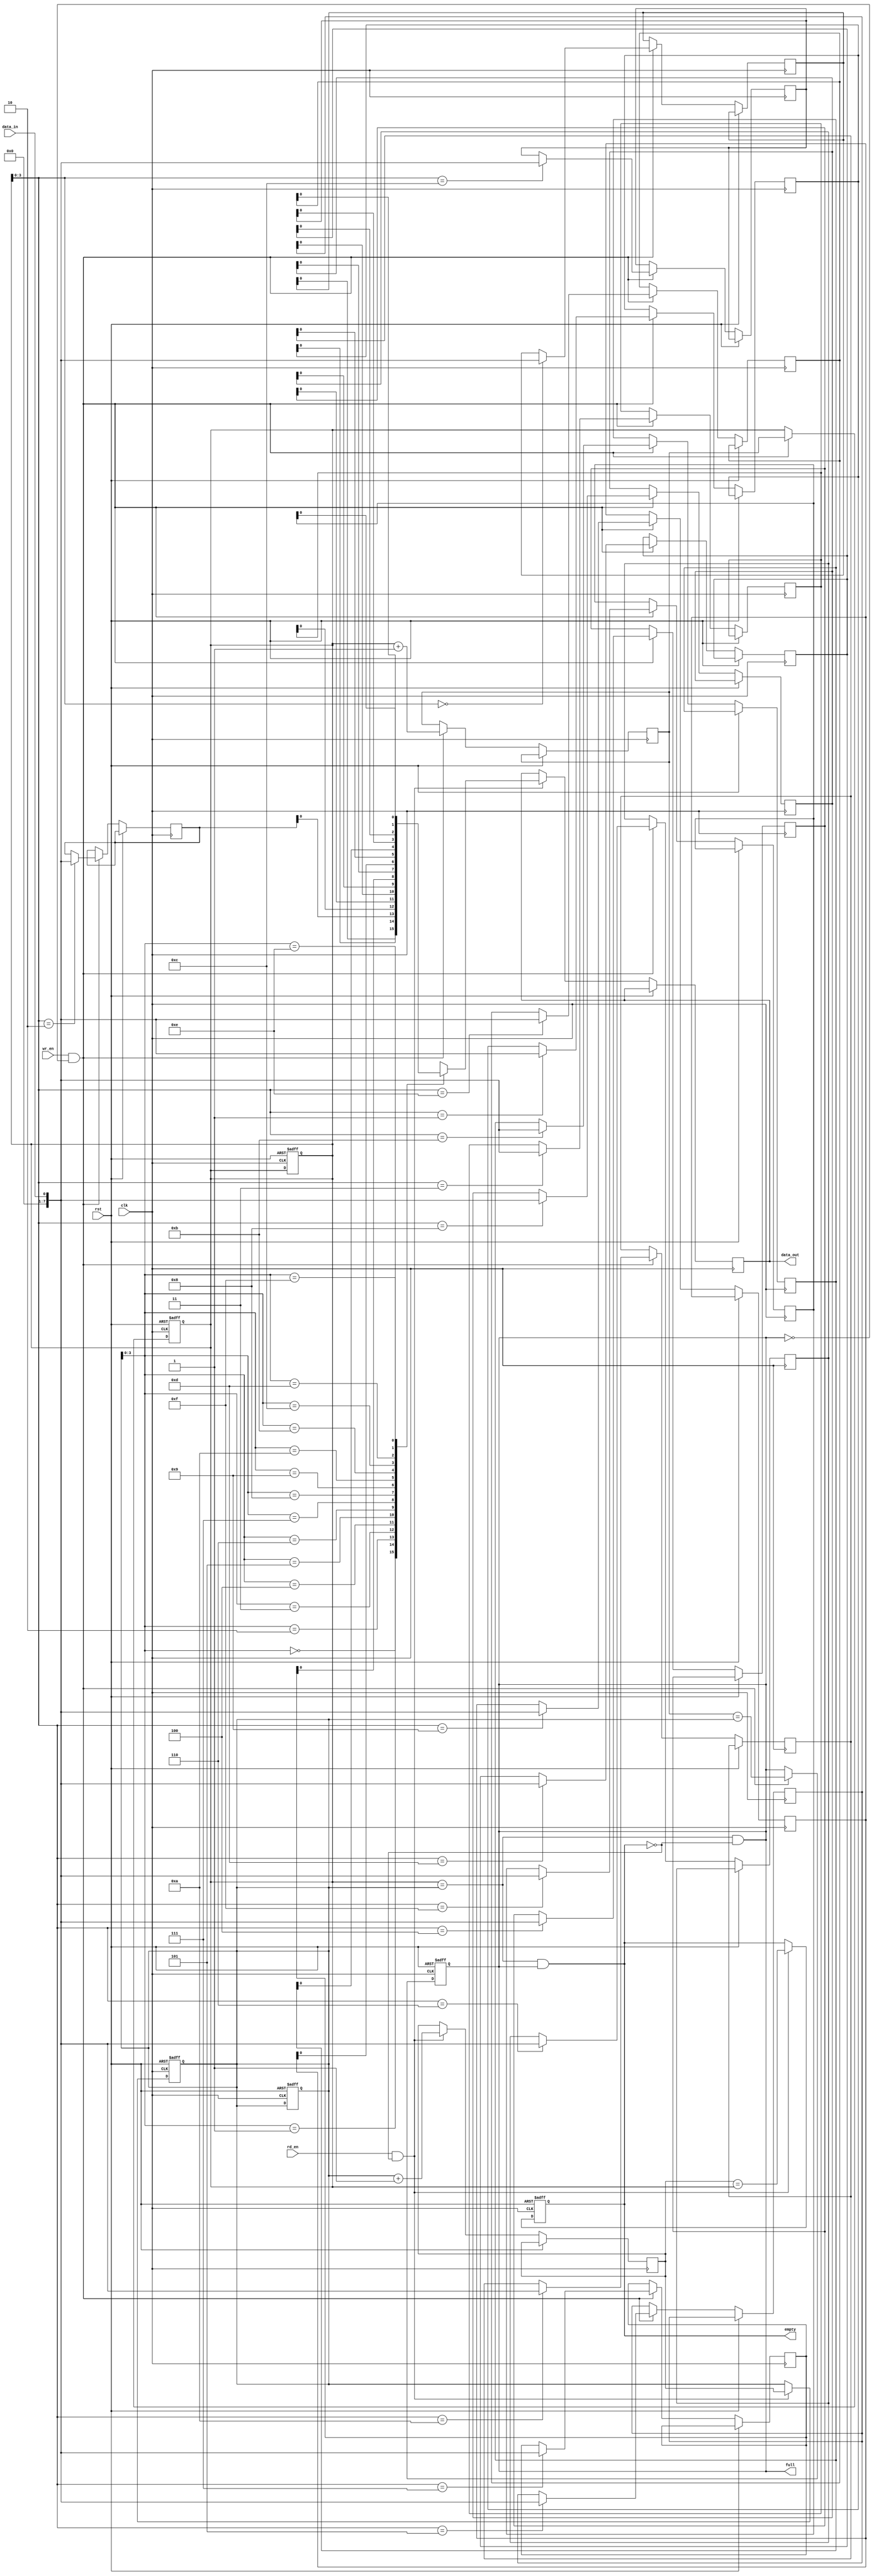
module CircularFIFO (
  input wire clk,
  input wire rst,
  input wire wr_en,
  input wire rd_en,
  input wire data_in,
  output wire data_out,
  output wire empty,
  output wire full
);

parameter DEPTH = 16;

reg [7:0] mem [DEPTH-1:0];
reg [4:0] wr_ptr;
reg [4:0] rd_ptr;
reg [4:0] next_wr_ptr;
reg [4:0] next_rd_ptr;
reg empty;
reg full;

always @(posedge clk or posedge rst) begin
  if (rst) begin
    wr_ptr <= 0;
    rd_ptr <= 0;
    empty <= 1;
    full <= 0;
  end else begin
    if (wr_en && !full) begin
      mem[wr_ptr] <= data_in;
      next_wr_ptr <= wr_ptr + 1;
      full <= (next_wr_ptr == rd_ptr);
    end
    if (rd_en && !empty) begin
      data_out <= mem[rd_ptr];
      next_rd_ptr <= rd_ptr + 1;
      empty <= (next_rd_ptr == wr_ptr);
    end
  end
end

always @(posedge clk or posedge rst) begin
  if (rst) begin
    wr_ptr <= 0;
    rd_ptr <= 0;
  end else begin
    wr_ptr <= (wr_en && !full) ? next_wr_ptr : wr_ptr;
    rd_ptr <= (rd_en && !empty) ? next_rd_ptr : rd_ptr;
  end
end

assign full = (wr_ptr == rd_ptr) && !empty;
assign empty = wr_ptr == rd_ptr && full;

endmodule